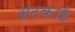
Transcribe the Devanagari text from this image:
अटकाई